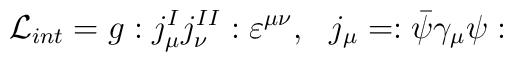
{\cal L}_{int}=g:j_{\mu }^{I}j_{\nu }^{II}:\varepsilon ^{\mu \nu},\,\,\,\,j_{\mu }=:\bar{\psi}\gamma _{\mu }\psi :